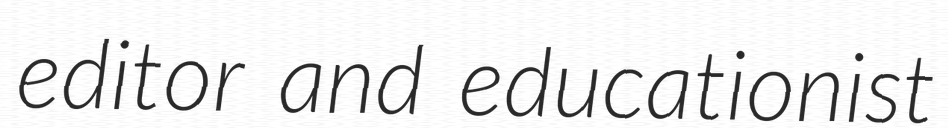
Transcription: editor and educationist